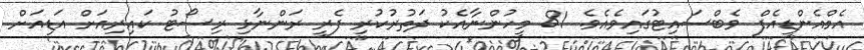
އެމްއެންޑީއެފް ވެބްސައިޓުގައިވެއެވެ. 81 މީހުންނާއެކު ދަތުރުކުރި ފެރީ ރަންނާޅި ރިސޯޓު ކައިރިއަށް އަޑިއަށް